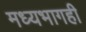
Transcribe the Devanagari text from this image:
मध्यभागही